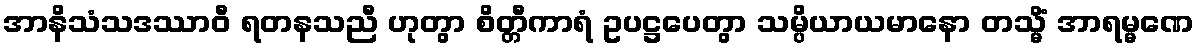
အာနိသံသဒဿာဝီ ရတနသညီ ဟုတွာ စိတ္တီကာရံ ဥပဋ္ဌပေတွာ သမ္ပိယာယမာနော တသ္မိံ အာရမ္မဏေ